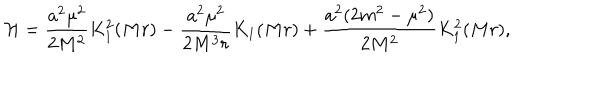
LaTeX: { \cal H } = \frac { a ^ { 2 } \mu ^ { 2 } } { 2 M ^ { 2 } } K _ { 1 } ^ { 2 } ( M r ) - \frac { a ^ { 2 } \mu ^ { 2 } } { 2 M ^ { 3 } r } K _ { 1 } ( M r ) + \frac { a ^ { 2 } ( 2 m ^ { 2 } - \mu ^ { 2 } ) } { 2 M ^ { 2 } } K _ { 1 } ^ { 2 } ( M r ) ,